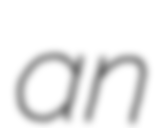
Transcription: an